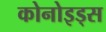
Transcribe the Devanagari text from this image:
कोनोइड्स